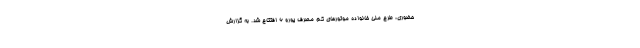
حضوری‌، طرح ملی خانواده موتورهای کم مصرف یورو ۶ افتتاح شد. به گزارش